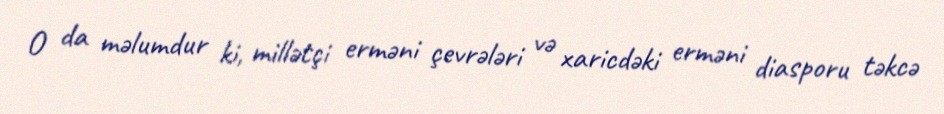
O da məlumdur ki, millətçi erməni çevrələri və xaricdəki erməni diasporu təkcə